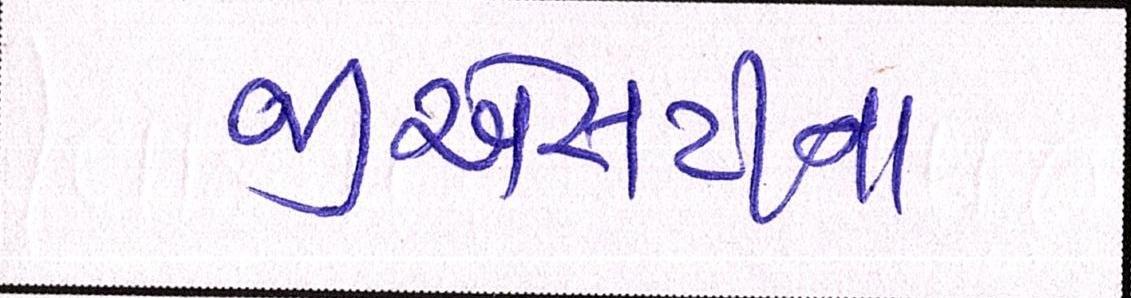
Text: જીએસટીના